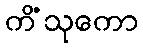
ကိံသုကော